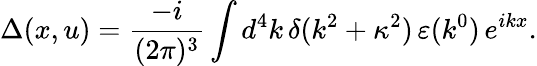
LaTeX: \Delta(x,u)=\frac{-i}{(2\pi)^{3}}\int d^{4}k\, \delta(k^{2}+\kappa^{2})\, \varepsilon(k^{0})\, e^{ikx}.